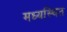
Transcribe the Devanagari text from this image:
मध्यस्थित